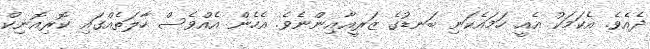
ދެއެވެ. އެކަމަކު އެއީ ހަމައެކަނި ބަނޑުގެ ޒަރީޢާއިންނެވެ. އެެހެން އެއްވެސް ހާލަތެއްގައި ކޮރިއޮނިކް